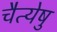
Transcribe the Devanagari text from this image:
चैत्येषु